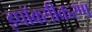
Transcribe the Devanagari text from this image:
इपॉक्सीकरण